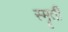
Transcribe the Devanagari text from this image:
स्मॄती